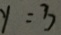
y = 3